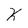
Character: k